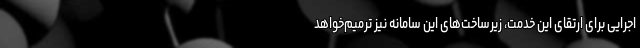
اجرایی برای ارتقای این خدمت، زیرساخت‌های این سامانه نیز ترمیم‌خواهد